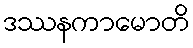
ဒဿနကာမောတိ